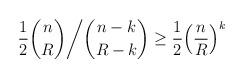
LaTeX: \begin{align*} \frac{1}{2} \binom{n}{R} \biggl / \binom{n-k}{R-k} \geq \frac{1}{2}\Bigl( \frac{n}{R} \Bigr)^k \end{align*}